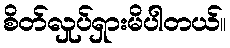
စိတ်လှုပ်ရှားမိပါတယ်။